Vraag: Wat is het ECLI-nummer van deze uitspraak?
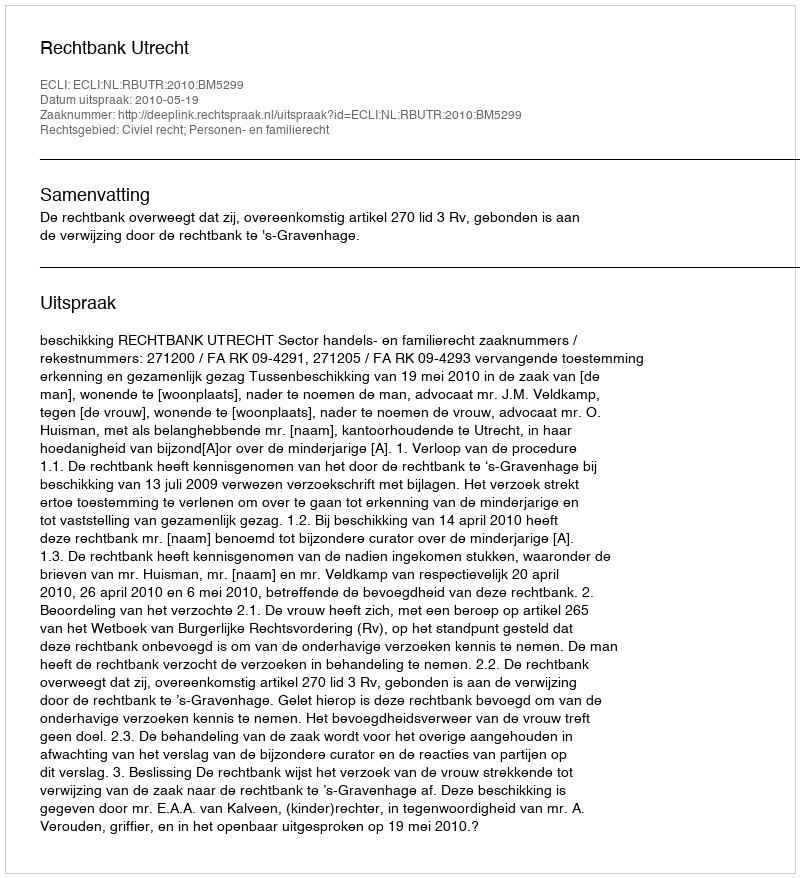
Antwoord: ECLI:NL:RBUTR:2010:BM5299